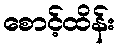
စောင့်ထိန်း